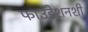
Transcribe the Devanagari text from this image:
फाउंडेशनशी